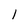
Character: l